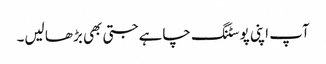
آپ اپنی پوسٹنگ چاہے جتی بھی بڑھا لیں۔